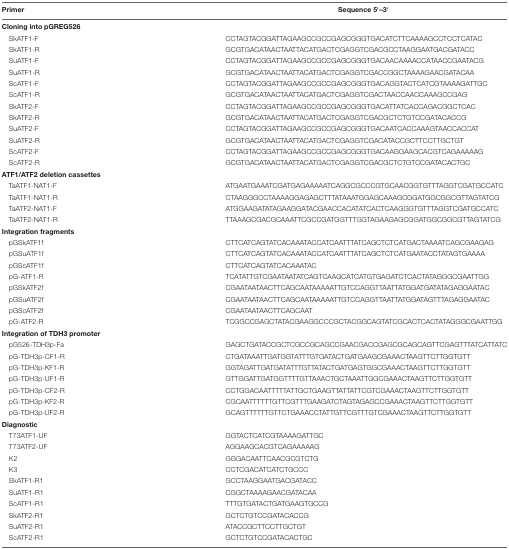
<table><thead><tr><td><b>Primer</b></td><td><b>Sequence 5′–3′</b></td></tr></thead><tbody><tr><td><b>Cloning into pGREG526</b></td><td></td></tr><tr><td>SkATF1-F</td><td>CCTAGTACGGATTAGAAGCCGCCGAGCGGGTGACATCTTCAAAAGCCTCCTCATAC</td></tr><tr><td>SkATF1-R</td><td>GCGTGACATAACTAATTACATGACTCGAGGTCGACGCCTAAGGAATGACGATACC</td></tr><tr><td>SuATF1-F</td><td>CCTAGTACGGATTAGAAGCCGCCGAGCGGGTGACAACAAAACCATAACCGAATACG</td></tr><tr><td>SuATF1-R</td><td>GCGTGACATAACTAATTACATGACTCGAGGTCGACCGGCTAAAAGAACGATACAA</td></tr><tr><td>ScATF1-F</td><td>CCTAGTACGGATTAGAAGCCGCCGAGCGGGTGACAGGTACTCATCGTAAAAGATTGC</td></tr><tr><td>ScATF1-R</td><td>GCGTGACATAACTAATTACATGACTCGAGGTCGACTAACCAACCAAAGCCGAG</td></tr><tr><td>SkATF2-F</td><td>CCTAGTACGGATTAGAAGCCGCCGAGCGGGTGACATTATCACCAGACGGCTCAC</td></tr><tr><td>SkATF2-R</td><td>GCGTGACATAACTAATTACATGACTCGAGGTCGACGCTCTGTCCGATACACCG</td></tr><tr><td>SuATF2-F</td><td>CCTAGTACGGATTAGAAGCCGCCGAGCGGGTGACAATCACCAAAGTAACCACCAT</td></tr><tr><td>SuATF2-R</td><td>GCGTGACATAACTAATTACATGACTCGAGGTCGACATACCGCTTCCTTGCTGT</td></tr><tr><td>ScATF2-F</td><td>CCTAGTACGGATTAGAAGCCGCCGAGCGGGTGACAAGGAAGCACGTCAGAAAAAG</td></tr><tr><td>ScATF2-R</td><td>GCGTGACATAACTAATTACATGACTCGAGGTCGACGCTCTGTCCGATACACTGC</td></tr><tr><td><i><b>ATF1/ATF2</b></i><b>deletion cassettes</b></td><td></td></tr><tr><td>TaATF1-NAT1-F</td><td>ATGAATGAAATCGATGAGAAAAATCAGGCGCCCGTGCAACGGTGTTTAGGTCGATGCCATC</td></tr><tr><td>TaATF1-NAT1-R</td><td>CTAAGGGCCTAAAAGGAGAGCTTTATAAATGGAGCAAAGCGGATGGCGGCGTTAGTATCG</td></tr><tr><td>TaATF2-NAT1-F</td><td>ATGGAAGATATAGAAGGATACGAACCACATATCACTCAAGGGTGTTTAGGTCGATGCCATC</td></tr><tr><td>TaATF2-NAT1-R</td><td>TTAAAGCGACGCAAATTCGCCGATGGTTTGGTAGAAGAGCGGATGGCGGCGTTAGTATCG</td></tr><tr><td><b>Integration fragments</b></td><td></td></tr><tr><td>pGSkATF1f</td><td>CTTCATCAGTATCACAAATACCATCAATTTATCAGCTCTCATGACTAAAATCAGCGAAGAG</td></tr><tr><td>pGSuATF1f</td><td>CTTCATCAGTATCACAAATACCATCAATTTATCAGCTCTCATGAATACCTATAGTGAAAA</td></tr><tr><td>pGScATF1f</td><td>CTTCATCAGTATCACAAATAC</td></tr><tr><td>pG-ATF1-R</td><td>TCATATTGTCGAATAATATCAGTCAAGCATCATGTGAGATCTCACTATAGGGCGAATTGG</td></tr><tr><td>pGSkATF2f</td><td>CGAATAATAACTTCAGCAATAAAAATTGTCCAGGTTAATTATGGATGATATAGAGGAATAC</td></tr><tr><td>pGSuATF2f</td><td>CGAATAATAACTTCAGCAATAAAAATTGTCCAGGTTAATTATGGATAGTTTAGAGGAATAC</td></tr><tr><td>pGScATF2f</td><td>CGAATAATAACTTCAGCAAT</td></tr><tr><td>pG-ATF2-R</td><td>TCGGCCGAGCTATACGAAGGCCCGCTACGGCAGTATCGCACTCACTATAGGGCGAATTGG</td></tr><tr><td><b>Integration of</b><i><b>TDH3</b></i><b>promoter</b></td><td></td></tr><tr><td>pG526-TDH3p-Fa</td><td>GAGCTGATACCGCTCGCCGCAGCCGAACGACCGAGCGCAGCAGTTCGAGTTTATCATTATC</td></tr><tr><td>pG-TDH3p-CF1-R</td><td>CTGATAAATTGATGGTATTTGTGATACTGATGAAGCGAAACTAAGTTCTTGGTGTT</td></tr><tr><td>pG-TDH3p-KF1-R</td><td>GGTAGATTGATGATATTTGTTATACTGATGAGTGGCGAAACTAAGTTCTTGGTGTT</td></tr><tr><td>pG-TDH3p-UF1-R</td><td>GTTGGATTGATGGTTTTGTTAAACTGCTAAATTGGCGAAACTAAGTTCTTGGTGTT</td></tr><tr><td>pG-TDH3p-CF2-R</td><td>CCTGGACAATTTTTATTGCTGAAGTTATTATTCGTCGAAACTAAGTTCTTGGTGTT</td></tr><tr><td>pG-TDH3p-KF2-R</td><td>CGCAATTTTTTGTTCGTTTGAAGATCTAGTAGAGCCGAAACTAAGTTCTTGGTGTT</td></tr><tr><td>pG-TDH3p-UF2-R</td><td>GCAGTTTTTTGTTCTGAAACCTATTGTTCGTTTGTCGAAACTAAGTTCTTGGTGTT</td></tr><tr><td><b>Diagnostic</b></td><td></td></tr><tr><td>T73ATF1-UF</td><td>GGTACTCATCGTAAAAGATTGC</td></tr><tr><td>T73ATF2-UF</td><td>AGGAAGCACGTCAGAAAAAG</td></tr><tr><td>K2</td><td>GGGACAATTCAACGCGTCTG</td></tr><tr><td>K3</td><td>CCTCGACATCATCTGCCC</td></tr><tr><td>SkATF1-R1</td><td>GCCTAAGGAATGACGATACC</td></tr><tr><td>SuATF1-R1</td><td>CGGCTAAAAGAACGATACAA</td></tr><tr><td>ScATF1-R1</td><td>TTTGTGATACTGATGAAGTGCCG</td></tr><tr><td>SkATF2-R1</td><td>GCTCTGTCCGATACACCG</td></tr><tr><td>SuATF2-R1</td><td>ATACCGCTTCCTTGCTGT</td></tr><tr><td>ScATF2-R1</td><td>GCTCTGTCCGATACACTGC</td></tr></tbody></table>